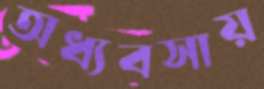
অধ্যবসায়